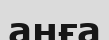
аңға